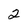
Character: 2